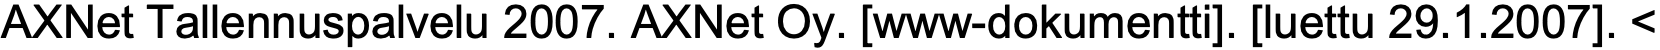
AXNet Tallennuspalvelu 2007. AXNet Oy. [www-dokumentti]. [luettu 29.1.2007]. <